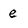
Character: e